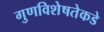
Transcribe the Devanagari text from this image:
गुणविशेषतेकडे